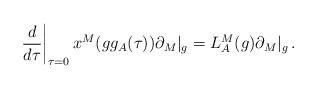
LaTeX: \begin{align*}\left.\frac{d}{d\tau}\right|_{\tau=0}x^{M}(g g_{A}(\tau))\partial_{M}|_{g}=L^{M}_{A}(g)\partial_{M}|_{g}\,.\end{align*}